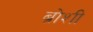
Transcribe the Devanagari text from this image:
ब्रोशी